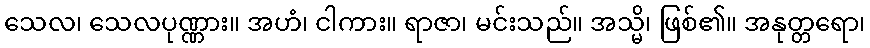
သေလ၊ သေလပုဏ္ဏား။ အဟံ၊ ငါကား။ ရာဇာ၊ မင်းသည်။ အသ္မိ၊ ဖြစ်၏။ အနုတ္တရော၊